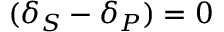
( \delta _ { S } - \delta _ { P } ) = 0